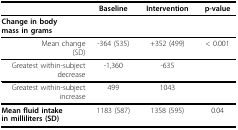
<table><thead><tr><td></td><td><b>Baseline</b></td><td><b>Intervention</b></td><td><b>p-value</b></td></tr></thead><tbody><tr><td><b>Change in body</b><b>mass in grams</b></td><td></td><td></td><td></td></tr><tr><td>Mean change(SD)</td><td>-364 (535)</td><td>+352 (499)</td><td>&lt; 0.001</td></tr><tr><td>Greatest within-subjectdecrease</td><td>-1,360</td><td>-635</td><td></td></tr><tr><td>Greatest within-subjectincrease</td><td>499</td><td>1043</td><td></td></tr><tr><td><b>Mean fluid intake</b><b>in milliliters (SD)</b></td><td>1183 (587)</td><td>1358 (595)</td><td>0.04</td></tr></tbody></table>